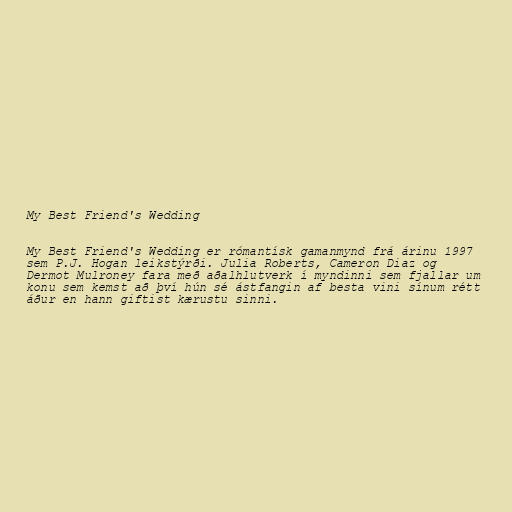
My Best Friend's Wedding

My Best Friend's Wedding er rómantísk gamanmynd frá árinu 1997
sem P.J. Hogan leikstýrði. Julia Roberts, Cameron Diaz og
Dermot Mulroney fara með aðalhlutverk í myndinni sem fjallar um
konu sem kemst að því hún sé ástfangin af besta vini sínum rétt
áður en hann giftist kærustu sinni.